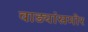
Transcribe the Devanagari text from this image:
वाड्यांसमोर